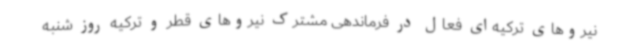
نیروهای ترکیه‌ای فعال در فرماندهی مشترک نیروهای قطر و ترکیه روز شنبه